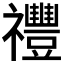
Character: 𥜪